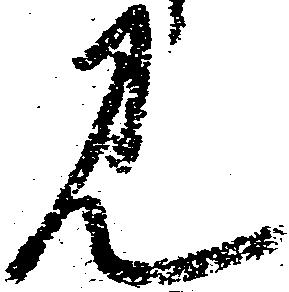
見